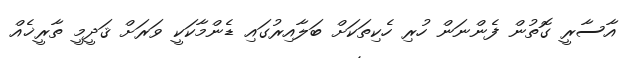
އާސާރީ ގޮތުން ފެންނަން ހުރި ހެކިތަކަށް ބަލާއިރުގައި ޑެންމާކަކީ ވަރަށް ޤަދީމީ ތާރީޚެއް